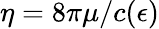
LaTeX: \eta=8\pi\mu/c(\epsilon)